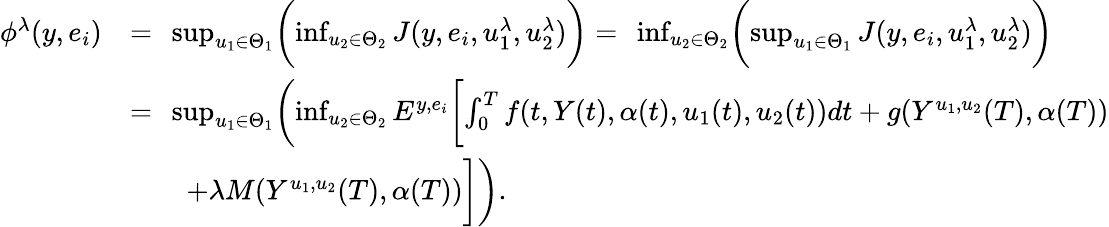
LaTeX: \begin{array}{rl}{\phi^{\lambda}(y,e_{i})}&{=\ \operatorname*{sup}_{u_{1}\in\Theta_{1}}\biggl(\operatorname*{inf}_{u_{2}\in\Theta_{2}}J(y,e_{i},u_{1}^{\lambda},u_{2}^{\lambda})\biggr)=\ \operatorname*{inf}_{u_{2}\in\Theta_{2}}\biggl(\operatorname*{sup}_{u_{1}\in\Theta_{1}}J(y,e_{i},u_{1}^{\lambda},u_{2}^{\lambda})\biggr)}\\ &{=\ \operatorname*{sup}_{u_{1}\in\Theta_{1}}\biggl(\operatorname*{inf}_{u_{2}\in\Theta_{2}}E^{y,e_{i}}\biggl[\int_{0}^{T}f(t,Y(t),\alpha(t),u_{1}(t),u_{2}(t))dt+g(Y^{u_{1},u_{2}}(T),\alpha(T))}\\ &{\qquad+\lambda M(Y^{u_{1},u_{2}}(T),\alpha(T))\biggr]\biggr).}\end{array}